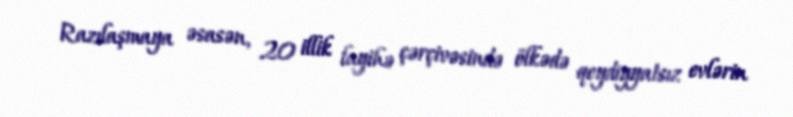
Razılaşmaya əsasən, 20 illik layihə çərçivəsində ölkədə qeydiyyatsız evlərin